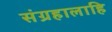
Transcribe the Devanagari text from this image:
संग्रहालाहि